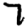
Digit: 7